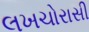
લખચોરાસી